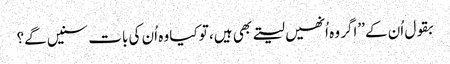
بقول اُن کے ’’اگر وہ اُنھیں لیتے بھی ہیں، تو کیا وہ اُن کی بات سنیں گے؟